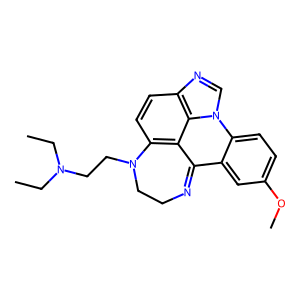
SMILES: CCN(CC)CCN1CCN=c2c3cc(OC)ccc3n3cnc4ccc1c2c43
Inhibits HIV replication: No